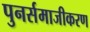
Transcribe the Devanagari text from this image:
पुनर्समाजीकरण